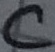
Text: C